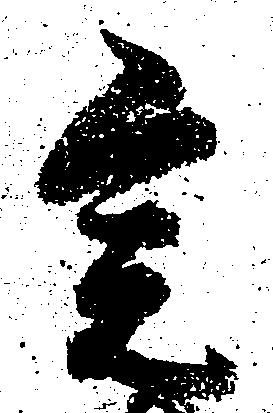
宍